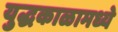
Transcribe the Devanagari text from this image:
युद्धकाळामध्ये